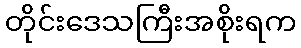
တိုင်းဒေသကြီးအစိုးရက